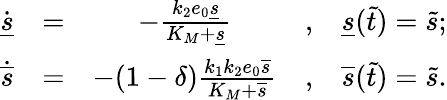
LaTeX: \begin{array}{rcccl}{\dot{\underline{{s}}}}&{=}&{-\frac{k_{2}e_{0}\underline{{s}}}{K_{M}+\underline{{s}}}}&{,}&{\underline{{s}}(\widetilde t)=\widetilde s;}\\ {\dot{\overline{{s}}}}&{=}&{-(1-\delta)\frac{k_{1}k_{2}e_{0}\overline{{s}}}{K_{M}+\overline{{s}}}}&{,}&{\overline{{s}}(\widetilde t)=\widetilde s.}\end{array}